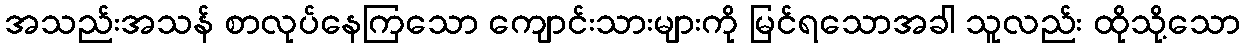
အသည်းအသန် စာလုပ်နေကြသော ကျောင်းသားများကို မြင်ရသောအခါ သူလည်း ထိုသို့သော